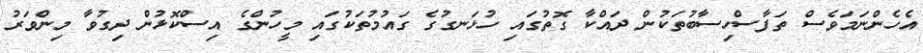
އެހެންނަމަވެސް ތަފާސްހިސާބުތަކުން ދައްކާ ގޮތުގައި ހުޅަނގުގެ ގައުމުތަކުގައި މީހުންގެ އިސްކޮޅުން ދިގުވާ މިންވަރު